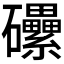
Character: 𥗼